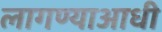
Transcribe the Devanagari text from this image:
लागण्याआधी